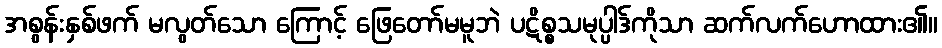
အစွန်းနှစ်ဖက် မလွတ်သော ကြောင့် ဖြေတော်မမူဘဲ ပဋိစ္စသမုပ္ပါဒ်ကိုသာ ဆက်လက်ဟောထား၏။